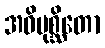
အဓိမုစ္ဆိတော